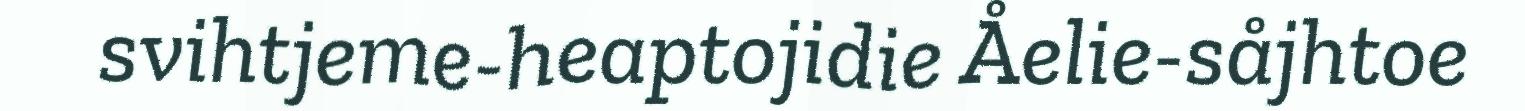
svihtjeme-heaptojidie Åelie-såjhtoe